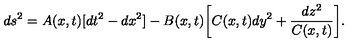
d s ^ { 2 } = A ( x , t ) [ d t ^ { 2 } - d x ^ { 2 } ] - B ( x , t ) \biggl [ C ( x , t ) d y ^ { 2 } + \frac { d z ^ { 2 } } { C ( x , t ) } \biggr ] .